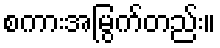
စကားအမြွက်တည်း။